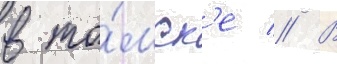
в то́мск'е // В